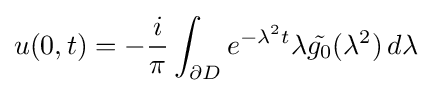
u(0,t)=-{\frac {i}{\pi }}\int _{\partial D}e^{-\lambda ^{2}t}\lambda {\tilde {g_{0}}}(\lambda ^{2})\,d\lambda